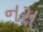
નસ